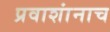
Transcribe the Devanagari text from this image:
प्रवाशांनाच